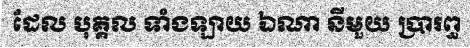
ដែល បុគ្គល ទាំងឡាយ ឯណា នីមួយ ប្រារព្ធ